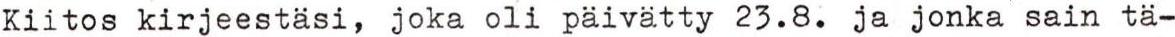
Kiitos kirjeestäsi, joka oli päivätty 23.8. ja jonka sain tä-